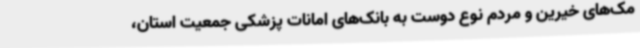
مک‌های خیرین و مردم نوع دوست به بانک‌های امانات پزشکی جمعیت استان،